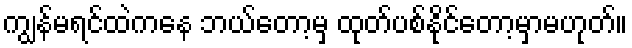
ကျွန်မရင်ထဲကနေ ဘယ်တော့မှ ထုတ်ပစ်နိုင်တော့မှာမဟုတ်။